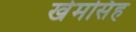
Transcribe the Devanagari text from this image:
खेमसिंह